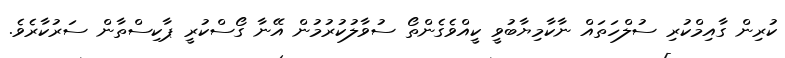
ކުރިން ގާއިމްކުރި ސުލްހަތައް ނާކާމިޔާބުވީ ކީއްވެގެންތޯ ސުވާލުކުރުމުން އޭނާ ގޯސްކުރީ ޕާކިސްތާން ސަރުކާރެވެ.